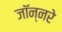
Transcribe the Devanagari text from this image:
जॉन्नरे